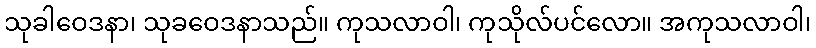
သုခါဝေဒနာ၊ သုခဝေဒနာသည်။ ကုသလာဝါ၊ ကုသိုလ်ပင်လော။ အကုသလာဝါ၊